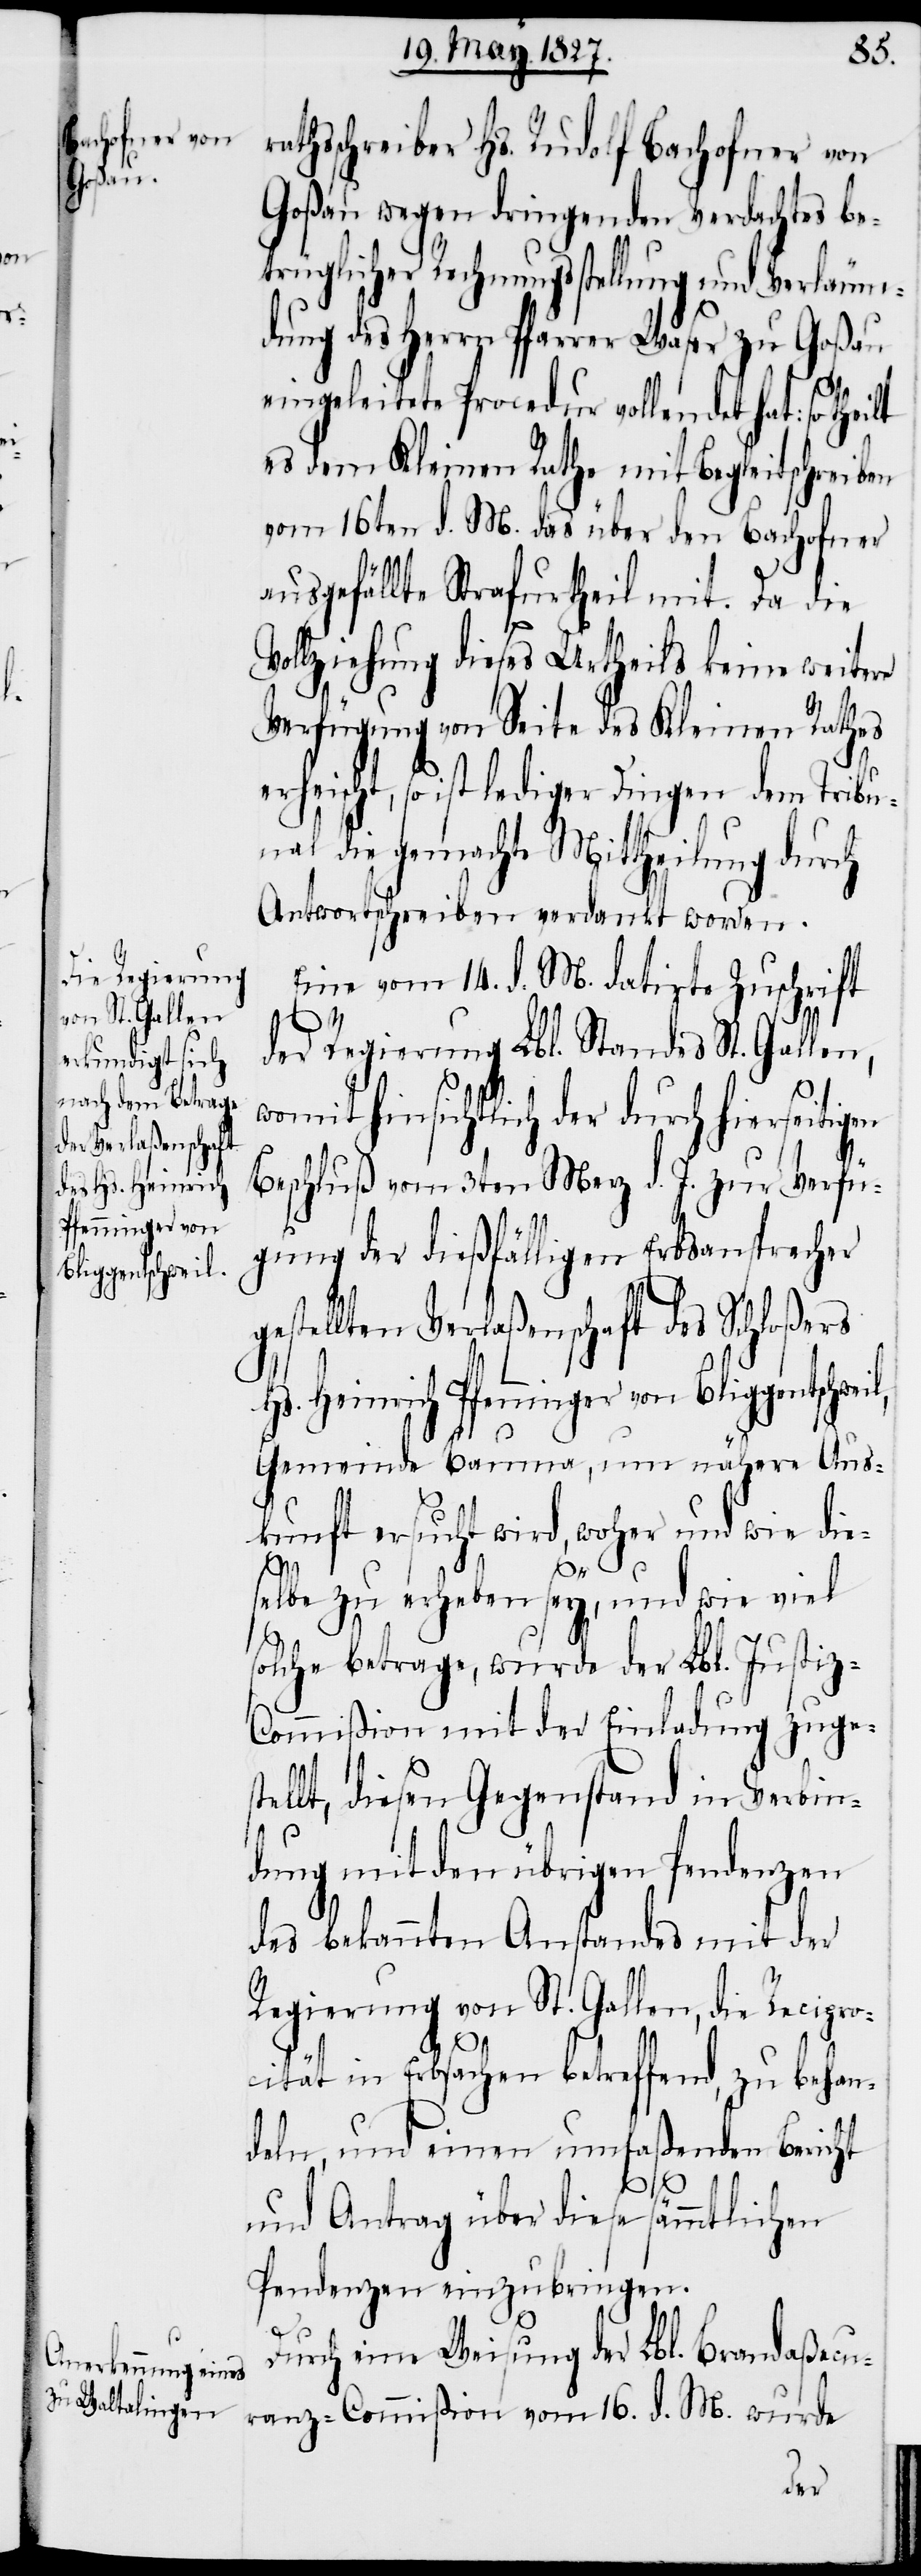
Hs. Heinrich
Pfenninger von
Bliggentschweil,

athsschreiber Hs. Rudolf Bachofner von
Goßau wegen dringenden Verdachtes be¬
trüglicher Rechnungsstellung und Verläum¬
dung des Herrn Pfarrer Waser zu Goßau
eingeleitete Procedur vollendet hat: so t¬
es dem Kleinen Rathe mit Begleitschreiben
vom 16ten d. M. das über den Bachofner
ausgefällte Strafurtheil mit. Da die
Vollziehung dieses Urtheils keine weitere
Verfügung von Seite des Kleinen Rathes
erheischt, so ist lediger Dingen dem Tribun¬
al die gemachte Mittheilung durch
Antwortschreiben verdankt worden.
Eine vom 14. d. M. datirte Zuschrift
der Regierung Lbl. Standes St. Gallen,
womit hinsichtlich der durch hierseitig¬
Beschluß vom 3ten Merz d. J. zur Verfü¬
gung der dießfälligen Erbsansprecher
ellten Verlaßenschaft des Schloßers
Gemeinde Bauma, um nähere Aus¬
kunft ersucht wird, woher und wie die¬
gest¬
selbe zu erheben sey, und wie viel
solche betrage, wurde der Lbl. Justi¬
z-Commißion mit der Einladung zuges¬
tellt, diesen Gegenstand in Verbin¬
dung mit den übrigen Pendenzen
en
des bekannten Anstandes mit der
Regierung von St. Gallen, die Recipro¬
cität in Erbsachen betreffend, zu behan¬
deln, und einen umfaßenden Bericht
und Antrag über diese sämmtlichen
Pendenzen einzubringen.
Durch eine Weisung der Lbl. Brandaßecu¬
ranz-Commißion vom 16. d. M. wurde